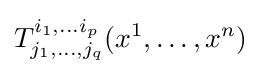
T_{j_{1},\ldots ,j_{q}}^{i_{1},\ldots i_{p}}(x^{1},\ldots ,x^{n})